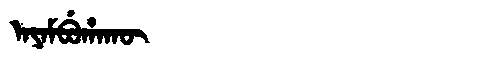
Manchu: ᠠᠶᠠᠮᠪᡠᡥᠠᡴᡡ
Romanization: AYAMBUHAKŪ